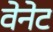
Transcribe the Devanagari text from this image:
वेनेट